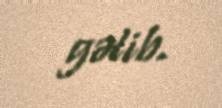
gəlib.